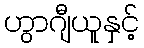
ဟွာဂျီယူနှင့်